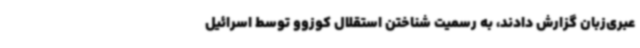
عبری‌زبان گزارش دادند، به رسمیت شناختن استقلال کوزوو توسط اسرائیل